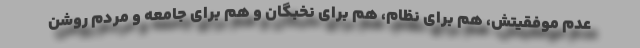
عدم موفقیتش، هم برای نظام، هم برای نخبگان و هم برای جامعه و مردم روشن